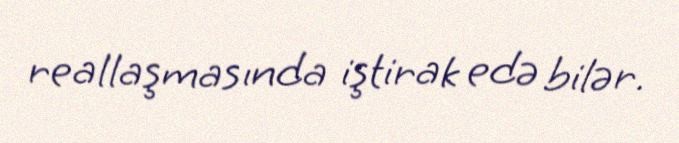
reallaşmasında iştirak edə bilər.